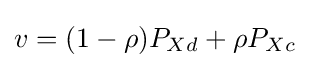
v=(1-\rho )P_{Xd}+\rho P_{Xc}